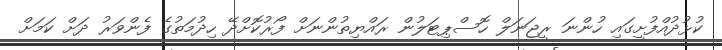
ކުޅުދުއްފުށީގައި ހުންނަ ރީޖަނަލް ހޮސްޕިޓަލުން ރައްޔިތުންނަށް ފޯރުކޮށްދޭ ހިދުމަތުގެ ފެންވަރު ދަށް ކަމަށް